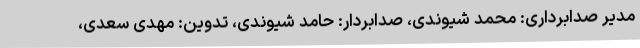
مدیر صدابرداری: محمد شیوندی، صدابردار: حامد شیوندی، تدوین: مهدی سعدی،